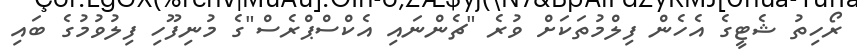
ރޯހިތު ޝެޓީގެ އެހެން ފިލްމުތަކަށް ވުރެ "ޗެންނައި އެކްސްޕްރެސް"ގެ މުނިފޫހި ފިލުވުމުގެ ބައި